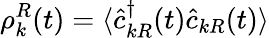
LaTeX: \rho_{k}^{R}(t)=\langle\hat{c}_{kR}^{\dagger}(t)\hat{c}_{kR}(t)\rangle